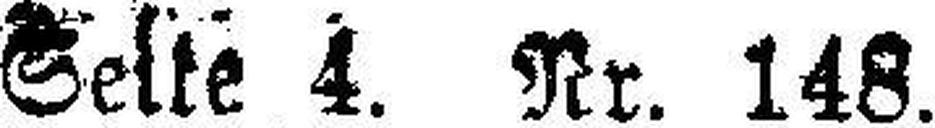
Seite 4. Nr. 148.